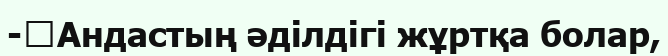
-	Андастың әділдігі жұртқа болар,